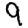
Digit: 9